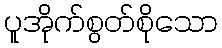
ပူအိုက်စွတ်စိုသော